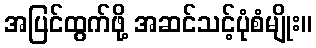
အပြင်ထွက်ဖို့ အဆင်သင့်ပုံစံမျိုး။